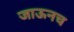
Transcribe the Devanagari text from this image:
जाऊनच